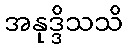
အနုဒ္ဒိသသိ